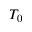
T _ { 0 }